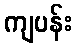
ကျပန်း